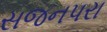
સજનપરા